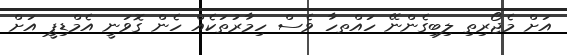
އަށް މެޖޯރިތި ލިބިގެންނޭ ހައްތހާ ވެސް ހިމާރުތަކެއް ހެން ގޮވަނީ އެމްޑިޕީ އަށް